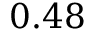
0 . 4 8